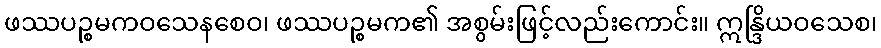
ဖဿပဉ္စမကဝသေနစေဝ၊ ဖဿပဉ္စမက၏ အစွမ်းဖြင့်လည်းကောင်း။ ဣန္ဒြိယဝသေစ၊